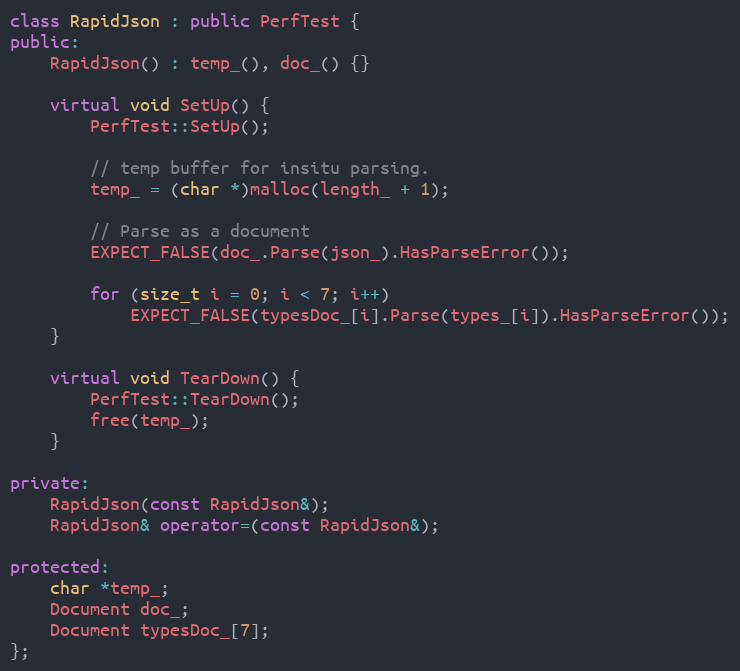
Language: C++
class RapidJson : public PerfTest {
public:
    RapidJson() : temp_(), doc_() {}

    virtual void SetUp() {
        PerfTest::SetUp();

        // temp buffer for insitu parsing.
        temp_ = (char *)malloc(length_ + 1);

        // Parse as a document
        EXPECT_FALSE(doc_.Parse(json_).HasParseError());

        for (size_t i = 0; i < 7; i++)
            EXPECT_FALSE(typesDoc_[i].Parse(types_[i]).HasParseError());
    }

    virtual void TearDown() {
        PerfTest::TearDown();
        free(temp_);
    }

private:
    RapidJson(const RapidJson&);
    RapidJson& operator=(const RapidJson&);

protected:
    char *temp_;
    Document doc_;
    Document typesDoc_[7];
};